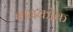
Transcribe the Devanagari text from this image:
बाबकॉक